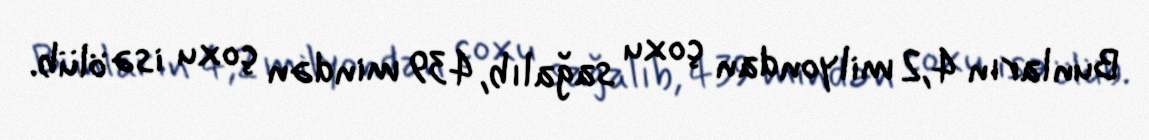
Bunların 4,2 milyondan çoxu sağalıb, 439 mindən çoxu isə ölüb.